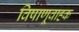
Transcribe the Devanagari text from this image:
विषाणूवाहक